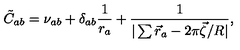
\tilde { C } _ { a b } = \nu _ { a b } + \delta _ { a b } \frac { 1 } { r _ { a } } + \frac { 1 } { | \sum \vec { r } _ { a } - 2 \pi \vec { \zeta } / R | } ,